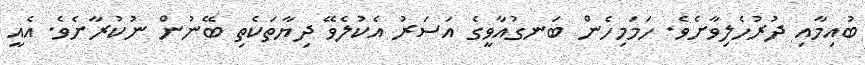
ބުއިމާއި ދުރުހެލިވާށެވެ. ހަމަމިހެން ބަނގުއާވީގެ އަސަރު އެކުލެވޭ ދިޔާތަކެތި ބޭނުން ނުކުރާށެވެ. އެއީ